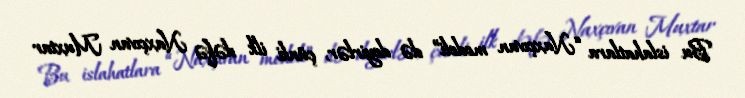
Bu islahatlara “Naxçıvan modeli” də deyirlər, çünki ilk dəfə Naxçıvan Muxtar